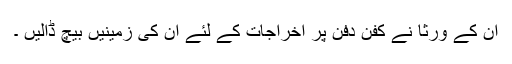
اُن کے ورثا نے کفن دفن پر اخراجات کے لئے ان کی زمینیں بیچ ڈالیں ۔